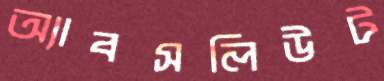
অ্যাবসলিউট